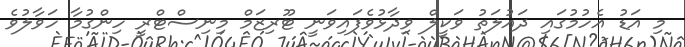
މި އަޑު އެހުމުގައި ދައުލަތު ވަކީލް ވިދާޅުވެފައިވަނީ ޓޫރިޒަމް މިނިސްޓްރީ ހިންގުމާ ހަވާލުވެ